Report of the Municipal Commissioner on the plague in Bombay for the year ending 31st May... - Volume 2
Disease focus: Plague
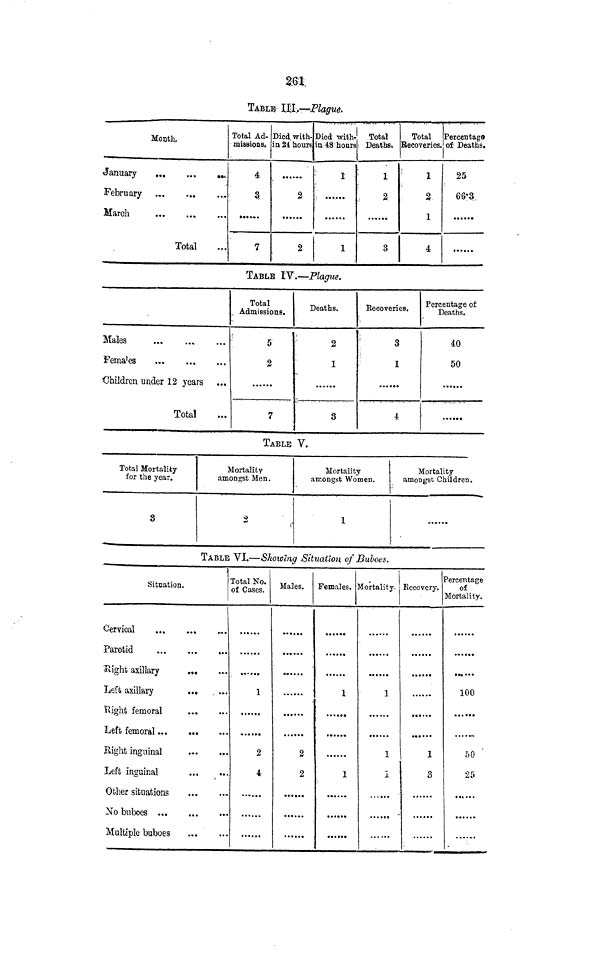
2:61,
TABLE HI,-—Plague.
Month.
January
,
February
March
Total
Total Ad-
missions.
4
a
7
Died, with-
in 21 hours
... •••*
2
2
Died with-
in 48 hoars
1
1
1
Total
i Deaths.
;
1
2
3
Total
Recoveries.
'
1
3
1
4
Percentage
of Deaths.
25
66*3.
••••*•
•*••«•
TABLE IV.—Plague.
Males
.,,
Fences
Children under 12 years
Total
Total
Admissions.
5
2
7
Deaths.
2
1
3
Eecoveries.
:
3
1
• •* *•*
4
Percentage of
Deaths.
40
50
TABLE V.
Total Mortality
for the year.
8
Mortality
amongst Men.
2
(•
Mortality
amongst Women.
1
Mortality
amongst Children.
TABLE VI.—Showing Situation of Buboes.
Situation.
Cervical
Parotid
Slight axillary
.,.
Left axillary
...
. ....
Right femoral
Left femoral
...
Right inguinal
Left inguinal
Other situations
No buboes
Multiple buboes
Total No.
of Cases.
1
2
4
Males.
2
2
Females. ]
1
1
Mortality.
1
1
I
]
Recovery.
1
3
?ercentage
of
Mortality.
100
....„
oO
25